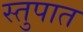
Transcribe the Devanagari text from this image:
स्तुपात